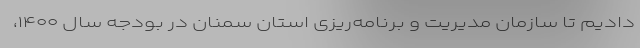
دادیم تا سازمان مدیریت و برنامه‌ریزی استان سمنان در بودجه سال ۱۴۰۰،